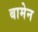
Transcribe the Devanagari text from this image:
बामेन